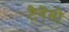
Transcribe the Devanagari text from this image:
टैनेंसी